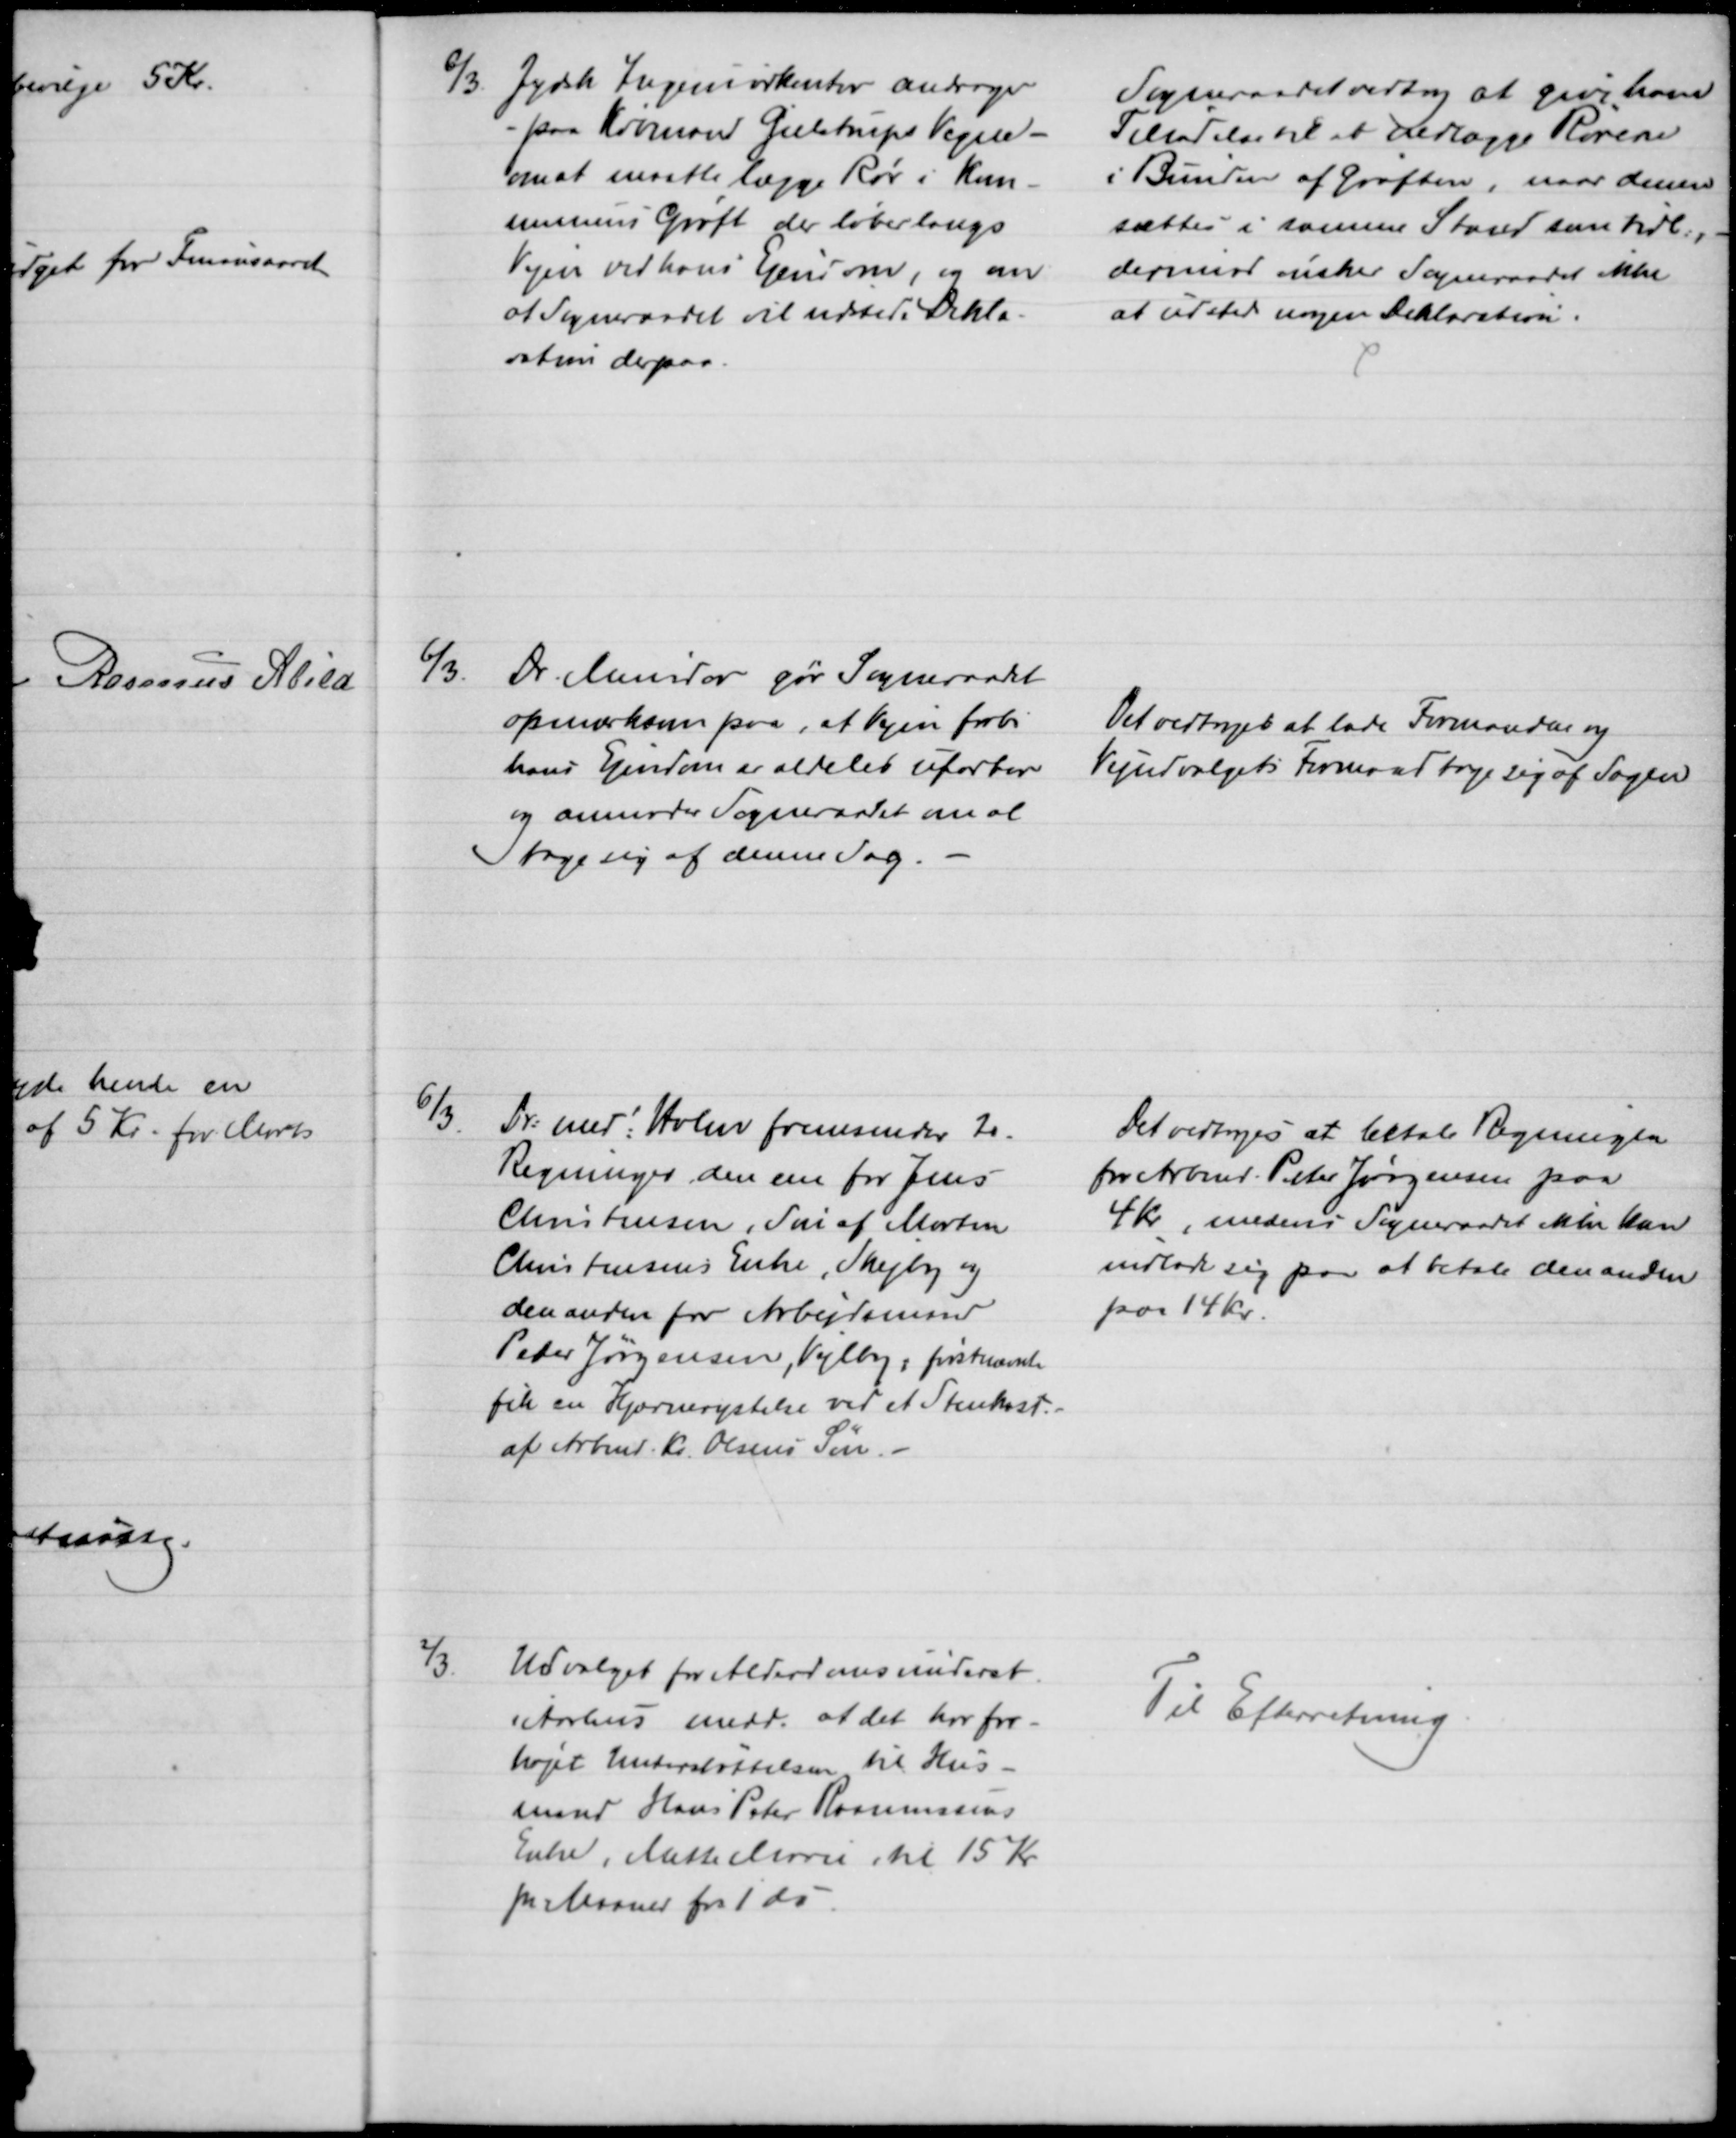
Transskription:
6/3 Jydsk Ingeniørkontor andrager
- paa Købmand Gielstrups Vegne -
om at maatte lægge Rør i Kom-
munens Grøft der løber langs
Vejen ved hans Ejendom, og om
at Sogneraadet vil udstede Dekla-
ration derpaa.
Sogneraadet vedtog at give ham
Tilladelse til at nedlægge Rørene
i Bunden af Grøften, naar denne
sættes i samme Stand som tidl.,
derimod ønsker Sogneraadet ikke
at udstede nogen Deklaration.
6/3.
Dr. Meindor gør Sogneraadet
opmærksom paa, at Vejen forbi
hans Ejendom er aldeles ufarbar
og anmoder Sogneraadet om at
tage sig af denne Sag.
Det vedtoges at lade Formanden og 
Vejudvalgets Formand tage sig af Sagen
6/3
Dr: med: Holm fremsender 20.
Regninger, den ene for Jens
Christensen, Søn af Morten
Christensens Enke, Skejby og
den anden for Arbejdsmand
Peder Jørgensen, Vejlby, førstnævnte
fik en Hjærnerystelse ved et Stenkast
af Arbmd. Kr. Olsens Søn.
Det vedtoges at betale Regningen
for Arbmd. Peter Jørgensen paa
4 Kr, medens Sogneraadet ikke kan
indlade sig paa at betale den anden
paa 14 kr.
2/3.
Udvalget for Alderdomsunderst.
i Aarhus medd. at det har for-
højet Understøttelsen til Hus-
mand Hans Peter Rasmussens
Enke, Mette Marie til 15 Kr
pr Maaned fra 1 ds.
Til Efterretning